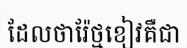
ដែលថារ៉ែថ្មខៀវគឺជា